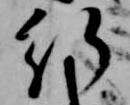
行